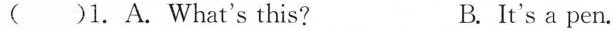
( )l. A. What's this? B. It's a pen.